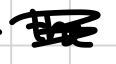
Text: the
Cross-out: scratch
Writing tool: digital_black